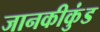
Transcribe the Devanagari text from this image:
जानकीकुंड